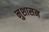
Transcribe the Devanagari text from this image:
नुशासन